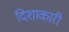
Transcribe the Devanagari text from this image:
दिशाकारी